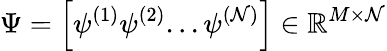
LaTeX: \Psi=\left[\psi^{(1)}\psi^{(2)}...\psi^{(\mathcal{N})}\right]\in\mathbb{{R}}^{M\times\mathcal{N}}